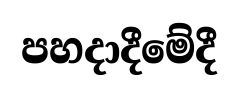
පහදාදීමේදී